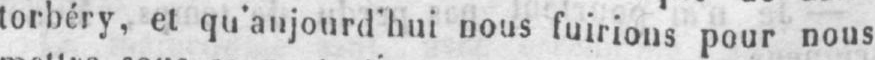
torbéry, et qu’aujourd’hui nous fuirions pour nous